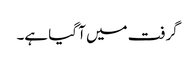
گرفت میں آ گیا ہے۔